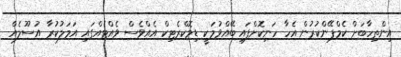
އިންތިހާބަށް ކެމްޕޭންކުރުން އެހާ ހަނިކޮށްފައި ބޭއްވުމަކީ ޑިމޮކްރެޓިކް އެއްވެސް ވެއްޓެއްގައި އަމަލުކުރާ އުސޫލެއް